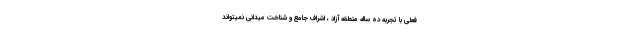
فعلی با تجربه ده ساله منطقه آزاد ، اشراف جامع و شناخت میدانی نمیتواند